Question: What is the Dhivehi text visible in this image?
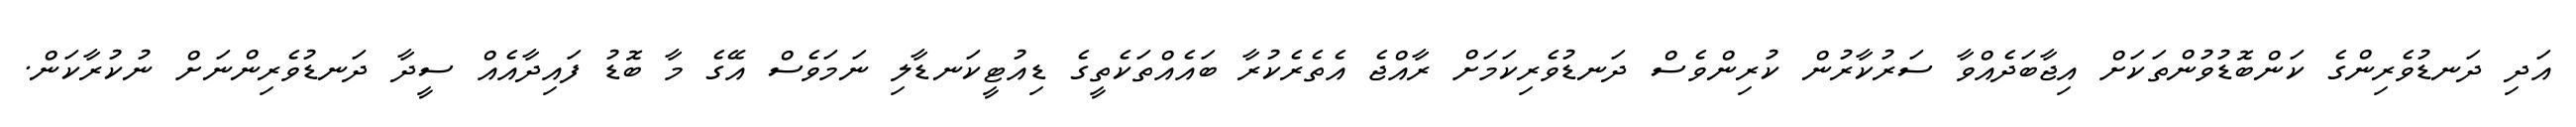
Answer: އަދި ދަނޑުވެރިންގެ ކަންބޮޑުވުންތަކަށް އިޖާބަދެއްވާ ސަރުކާރުން ކުރިންވެސް ދަނޑުވެރިކަމަށް ރާއްޖެ އެތެރެކުރާ ބައެއްތަކެތީގެ ޑިއުޓީކަނޑާލި ނަމަވެސް އޭގެ މާ ބޮޑު ފައިދާއެއް ސީދާ ދަނޑުވެރިންނަށް ނުކުރާކަން.